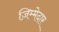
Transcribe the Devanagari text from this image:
ज़िम्‍मेदार